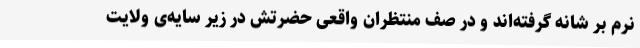
نرم بر شانه گرفته‌اند و در صف منتظران واقعی حضرتش در زیر سایه‌ی ولایت